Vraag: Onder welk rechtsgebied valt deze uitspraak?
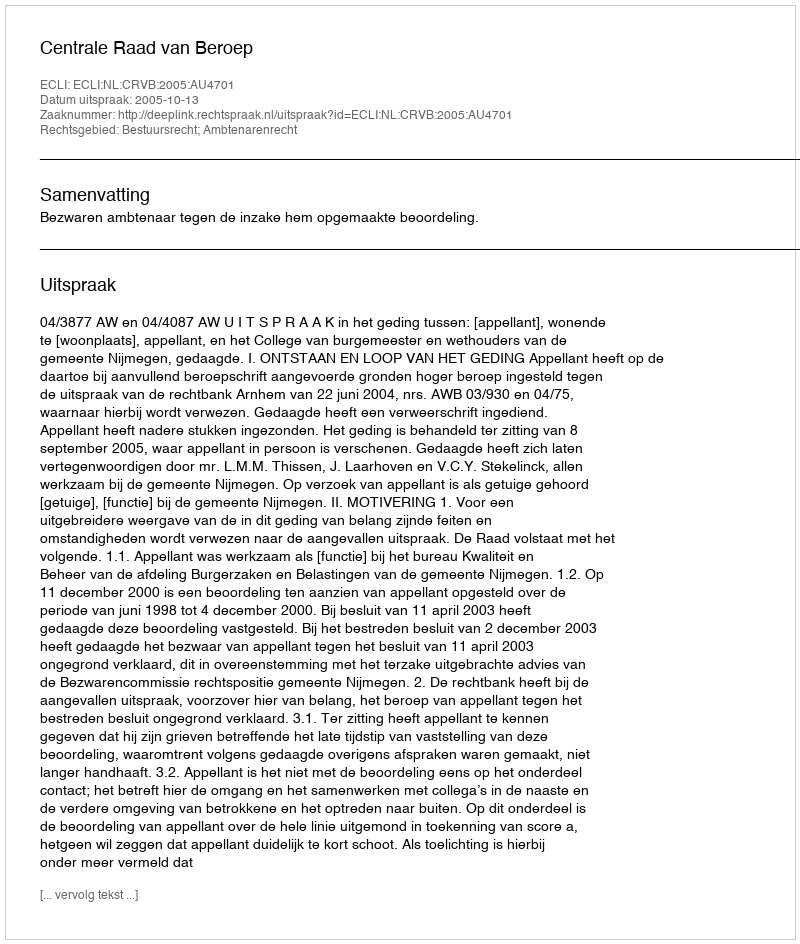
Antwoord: Bestuursrecht; Ambtenarenrecht